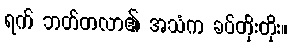
ရက် ဘတ်တလာ၏ အသံက ခပ်တိုးတိုး။